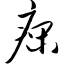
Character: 痫